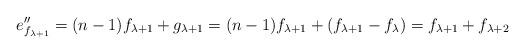
LaTeX: \begin{align*}e''_{f_{\lambda+1}} = (n-1)f_{\lambda+1} + g_{\lambda+1} = (n-1)f_{\lambda+1} + (f_{\lambda+1}-f_\lambda)= f_{\lambda+1}+ f_{\lambda+2}\end{align*}